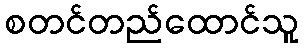
စတင်တည်ထောင်သူ